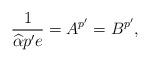
LaTeX: \begin{align*}\frac{1}{\widehat{\alpha} p'e}=A^{p'}=B^{p'},\end{align*}